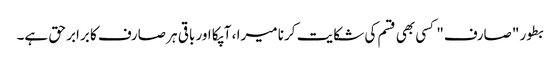
بطور "صارف" کسی بھی قسم کی شکایت کرنا میرا ، آپکا اور باقی ہر صارف کا برابر حق ہے۔